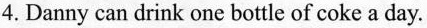
4.Danny can drink one bottle of coke a day.